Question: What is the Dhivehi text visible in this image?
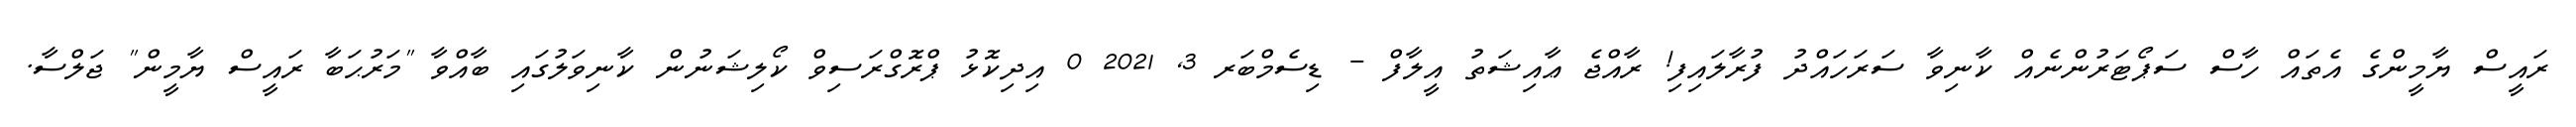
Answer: ރައީސް ޔާމީންގެ އެތައް ހާސް ސަޕޯޓަރުންނެއް ކާނިވާ ސަރަހައްދު ފުރާލައިފި! ރާއްޖެ ޢާއިޝަތު އީލާފް - ޑިސެމްބަރ 3, 2021 0 އިދިކޮޅު ޕްރޮގްރަސިވް ކޯލިޝަނުން ކާނިވަލުގައި ބާއްވާ "މަރުޙަބާ ރައީސް ޔާމީން" ޖަލްސާ.